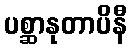
ပစ္ဆာနုတာပိနီ